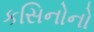
કસિનોનો